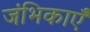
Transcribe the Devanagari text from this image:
जंभिकाएँ